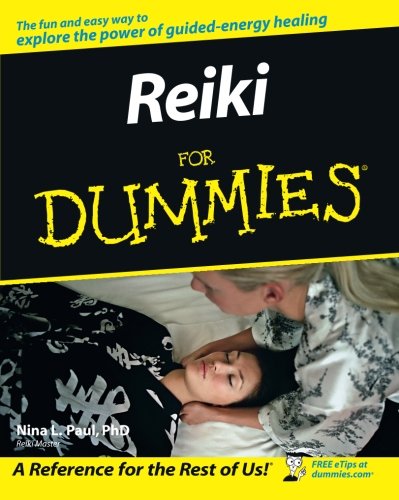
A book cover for Reiki For Dummies; Nina L. Paul; Health, Fitness & Dieting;